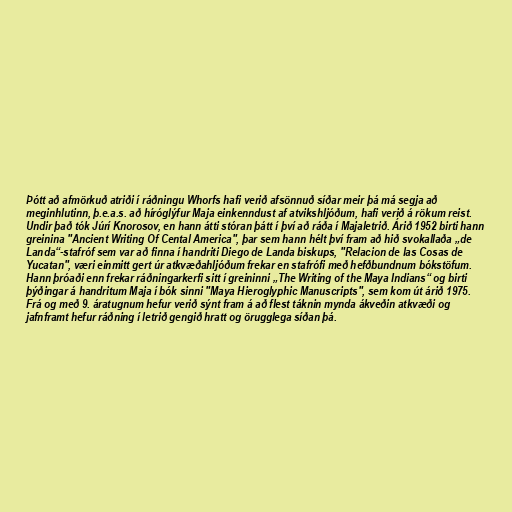
Þótt að afmörkuð atriði í ráðningu Whorfs hafi verið afsönnuð síðar meir þá má segja að
meginhlutinn, þ.e.a.s. að híróglýfur Maja einkenndust af atvikshljóðum, hafi verið á rökum reist.
Undir það tók Júrí Knorosov, en hann átti stóran þátt í því að ráða í Majaletrið. Árið 1952 birti hann
greinina "Ancient Writing Of Cental America", þar sem hann hélt því fram að hið svokallaða „de
Landa“-stafróf sem var að finna í handriti Diego de Landa biskups, "Relacion de las Cosas de
Yucatan", væri einmitt gert úr atkvæðahljóðum frekar en stafrófi með hefðbundnum bókstöfum.
Hann þróaði enn frekar ráðningarkerfi sitt í greininni „The Writing of the Maya Indians“ og birti
þýðingar á handritum Maja í bók sinni "Maya Hieroglyphic Manuscripts", sem kom út árið 1975.
Frá og með 9. áratugnum hefur verið sýnt fram á að flest táknin mynda ákveðin atkvæði og
jafnframt hefur ráðning í letrið gengið hratt og örugglega síðan þá.